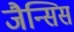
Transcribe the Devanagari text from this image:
जैन्सिस